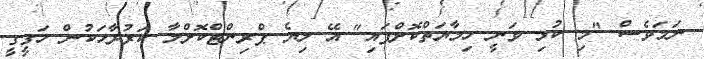
ނަމަވެސް "މި ކުޅި ވަނީ ހިމާޔަތްކޮށްފައި" އޭ ލިޔެ ޕްރިންޓްކޮށްލާ ކަރުދާހަކުން ހަގީގީ